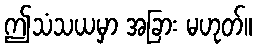
ဤသံသယမှာ အခြား မဟုတ်။